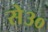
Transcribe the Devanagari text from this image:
से३०